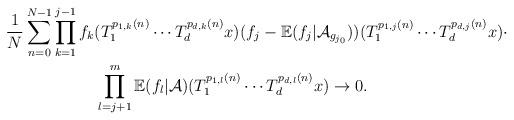
LaTeX: \begin{align*}\frac{1}{N}\sum_{n=0}^{N-1}&\prod_{k=1}^{j-1}f_k(T_{1}^{p_{1,k}(n)}\cdots T_{d}^{p_{d,k}(n)}x)(f_j-\mathbb{E}(f_j|\mathcal{A}_{g_{j_0}}))(T_{1}^{p_{1,j}(n)}\cdots T_{d}^{p_{d,j}(n)}x)\cdot\\&\ \ \ \ \ \ \ \ \prod_{l=j+1}^{m}\mathbb{E}(f_{l}|\mathcal{A})(T_{1}^{p_{1,l}(n)}\cdots T_{d}^{p_{d,l}(n)}x)\rightarrow 0.\end{align*}